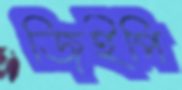
জিইপি